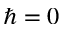
\hbar = 0